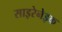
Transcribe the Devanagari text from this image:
साइरेनेइक